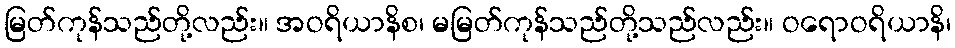
မြတ်ကုန်သည်တို့လည်း။ အဝရိယာနိစ၊ မမြတ်ကုန်သည်တို့သည်လည်း။ ဝရောဝရိယာနိ၊